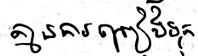
គ្មានការព្រៀងទុក